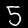
Digit: 5